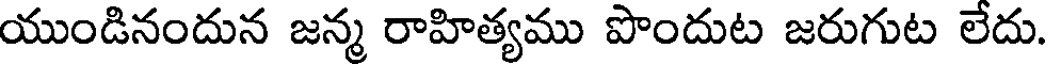
యుండినందున జన్మ రాహిత్యము పొందుట జరుగుట లేదు.